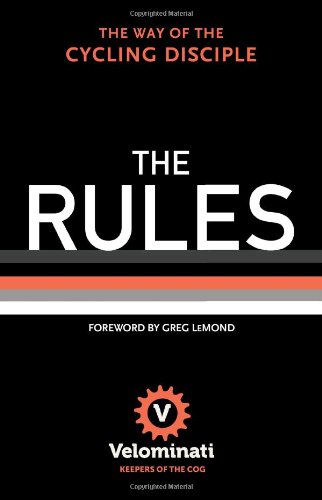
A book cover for The Rules: The Way of the Cycling Disciple; The Velominati; Sports & Outdoors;